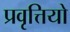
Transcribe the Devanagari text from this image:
प्रवृत्तियो